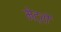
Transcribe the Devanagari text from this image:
मेट्रों